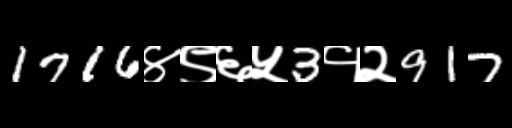
Text: 1716४९६५3१२917